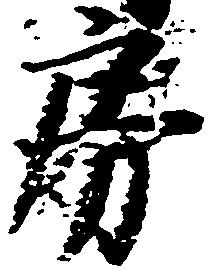
房